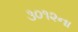
૩૦૧૨ના